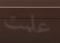
علمت